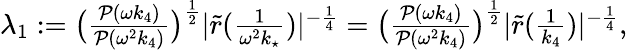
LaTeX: \begin{array}{r}{\lambda_{1}:=\big(\frac{\mathcal{P}(\omega k_{4})}{\mathcal{P}(\omega^{2}k_{4})}\big)^{\frac{1}{2}}|\tilde{r}(\frac{1}{\omega^{2}k_{\star}})|^{-\frac{1}{4}}=\big(\frac{\mathcal{P}(\omega k_{4})}{\mathcal{P}(\omega^{2}k_{4})}\big)^{\frac{1}{2}}|\tilde{r}(\frac{1}{k_{4}})|^{-\frac{1}{4}},}\end{array}